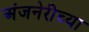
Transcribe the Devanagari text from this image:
अंजनेरीच्या